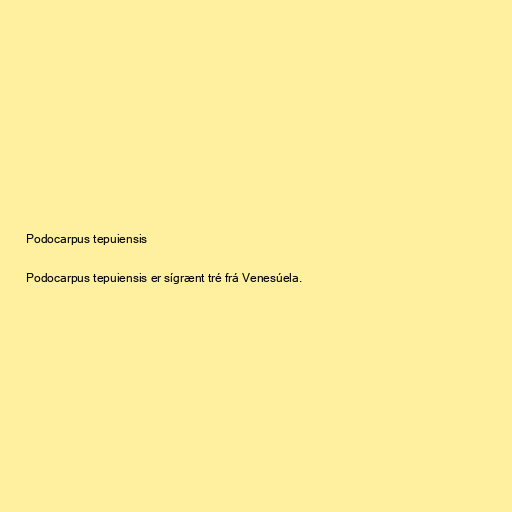
Podocarpus tepuiensis

Podocarpus tepuiensis er sígrænt tré frá Venesúela.